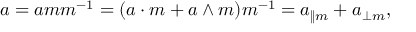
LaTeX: a = a m m ^ { - 1 } = ( a \cdot m + a \wedge m ) m ^ { - 1 } = a _ { \| m } + a _ { \perp m } ,